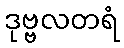
ဒုဗ္ဗလတရံ